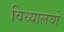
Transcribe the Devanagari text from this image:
विध्यालयो